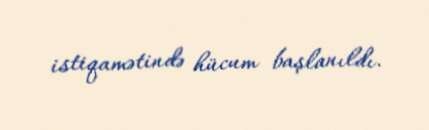
istiqamətində hücum başlanıldı.